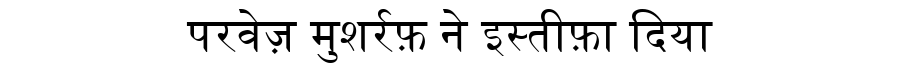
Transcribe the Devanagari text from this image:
परवेज़ मुशर्रफ़ ने इस्तीफ़ा दिया